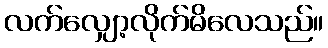
လက်လျှော့လိုက်မိလေသည်။